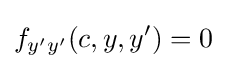
f_{y'y'}(c,y,y')=0